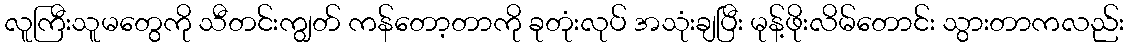
လူကြီးသူမတွေကို သီတင်းကျွတ် ကန်တော့တာကို ခုတုံးလုပ် အသုံးချပြီး မုန့်ဖိုးလိမ်တောင်း သွားတာကလည်း